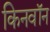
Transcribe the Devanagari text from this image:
किनवॉन